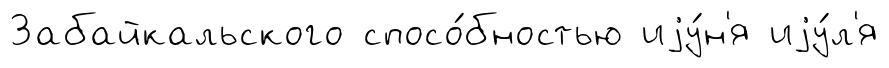
Забайкальского спосо́бностью иjу́н'я иjу́л'я